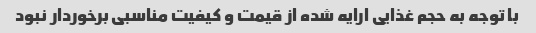
با توجه به حجم غذایی ارایه شده از قیمت و کیفیت مناسبی برخوردار نبود